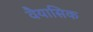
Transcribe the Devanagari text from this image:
वैयासिक